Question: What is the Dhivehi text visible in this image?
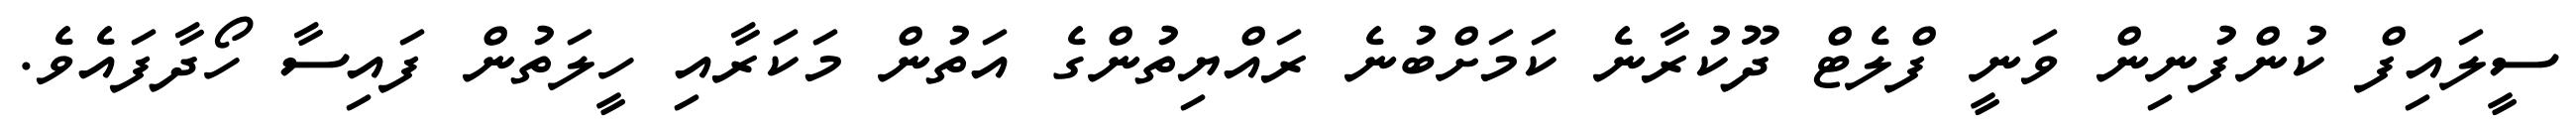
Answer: ސީލައިފް ކުންފުނިން ވަނީ ފްލެޓް ދޫކުރާނެ ކަމަށްބުނެ ރައްޔިތުންގެ އަތުން މަކަރާއި ހީލަތުން ފައިސާ ހޯދާފައެވެ.